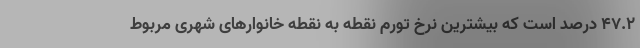
٤٧.٢ درصد است که بیشترین نرخ تورم نقطه به نقطه خانوارهای شهری مربوط